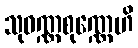
သုဝဏ္ဏစုဏ္ဏေဟိ